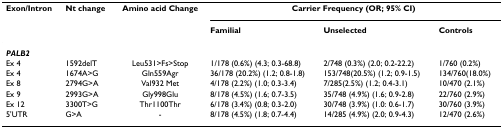
<table><thead><tr><td><b>Exon/Intron</b></td><td><b>Nt change</b></td><td><b>Amino acid Change</b></td><td colspan="3"><b>Carrier Frequency (OR; 95% CI)</b></td></tr><tr><td></td><td></td><td></td><td><b>Familial</b></td><td><b>Unselected</b></td><td><b>Controls</b></td></tr></thead><tbody><tr><td><b><i>PALB2</i></b></td><td></td><td></td><td></td><td></td><td></td></tr><tr><td>Ex 4</td><td>1592delT</td><td>Leu531&gt;Fs&gt;Stop</td><td>1/178 (0.6%) (4.3; 0.3-68.8)</td><td>2/748 (0.3%) (2.0; 0.2-22.2)</td><td>1/760 (0.2%)</td></tr><tr><td>Ex 4</td><td>1674A&gt;G</td><td>Gln559Agr</td><td>36/178 (20.2%) (1.2; 0.8-1.8)</td><td>153/748(20.5%) (1.2; 0.9-1.5)</td><td>134/760(18.0%)</td></tr><tr><td>Ex 8</td><td>2794G&gt;A</td><td>Val932 Met</td><td>4/178 (2.2%) (1.0; 0.3-3.4)</td><td>7/285(2.5%) (1.2; 0.4-3.1)</td><td>10/470 (2.1%)</td></tr><tr><td>Ex 9</td><td>2993G&gt;A</td><td>Gly998Glu</td><td>8/178 (4.5%) (1.6; 0.7-3.5)</td><td>35/748 (4.9%) (1.6; 0.9-2.8)</td><td>22/760 (2.9%)</td></tr><tr><td>Ex 12</td><td>3300T&gt;G</td><td>Thr1100Thr</td><td>6/178 (3.4%) (0.8; 0.3-2.0)</td><td>30/748 (3.9%) (1.0: 0.6-1.7)</td><td>30/760 (3.9%)</td></tr><tr><td>5&#x27;UTR</td><td>G&gt;A</td><td>-</td><td>8/178 (4.5%) (1.8; 0.7-4.4)</td><td>14/285 (4.9%) (2.0; 0.9-4.3)</td><td>12/470 (2.6%)</td></tr></tbody></table>